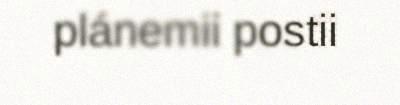
plánemii postii